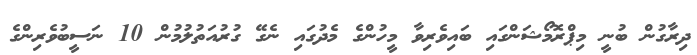
ދިރާގުން ބުނީ މިޕްރޮމޯޝަންގައި ބައިވެރިވާ މީހުންގެ މެދުގައި ނެގޭ ގުރުއަތުލުމުން 10 ނަސީބުވެރިންގެ